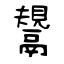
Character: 鬹